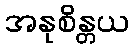
အနုစိန္တယ